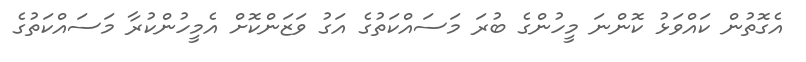
އެގޮތުން ކައްވަޅު ކޮންނަ މީހުންގެ ބުރަ މަސައްކަތުގެ އަގު ވަޒަންކޮށް އެމީހުންކުރާ މަސައްކަތުގެ